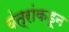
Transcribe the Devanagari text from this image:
यंत्रांकडून